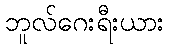
ဘူလ်ဂေးရီးယား